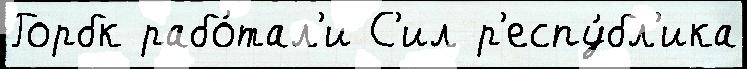
Горбк рабо́тал'и С'ил р'еспу́бл'ика